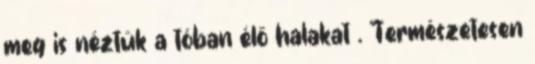
meg is néztük a tóban élő halakat . Természetesen